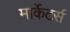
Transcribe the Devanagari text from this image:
मार्केटर्स